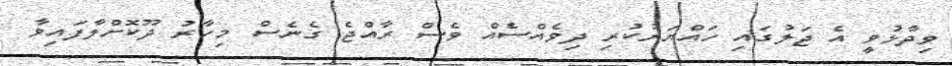
ވިދާޅުވީ އެ ޖަލުގައި ހައްޔަރުކުރި ދިވެއްސެއް ވެސް ރާއްޖެ ގެނެސް މިހާރު ދޫކޮށްލާފައިވާ